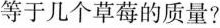
等于几个草莓的质量?